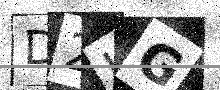
Text: D2LG